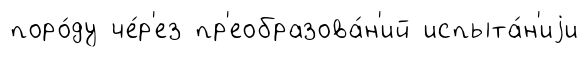
поро́ду че́р'ез пр'еобразова́н'ий испыта́н'иjи